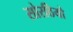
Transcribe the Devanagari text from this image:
सोरठियो